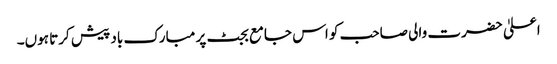
اعلیٰ حضرت والی صاحب کو اس جامع بجٹ پر مبارک باد پیش کرتا ہوں۔